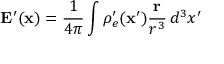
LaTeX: \mathbf { E } ^ { \prime } ( \mathbf { x } ) = \frac { 1 } { 4 \pi } \int \rho _ { e } ^ { \prime } ( \mathbf { x } ^ { \prime } ) \frac { \mathbf { r } } { r ^ { 3 } } \, d ^ { 3 } x ^ { \prime }